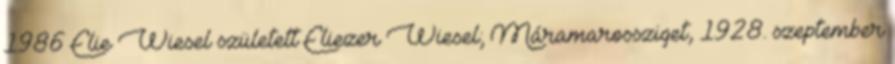
1986 Elie Wiesel született Eliezer Wiesel; Máramarossziget, 1928. szeptember